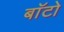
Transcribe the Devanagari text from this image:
बाॅटो